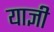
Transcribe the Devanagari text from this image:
याज्ञी